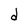
Character: d